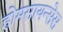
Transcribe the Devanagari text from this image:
होमसायन्सेस